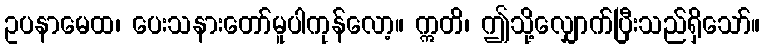
ဥပနာမေထ၊ ပေးသနားတော်မူပါကုန်လော့။ ဣတိ၊ ဤသို့လျှောက်ပြီးသည်ရှိသော်။